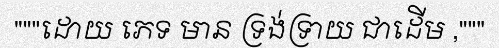
"""ដោយ ភេទ មាន ទ្រង់ទ្រាយ ជាដើម ,"""